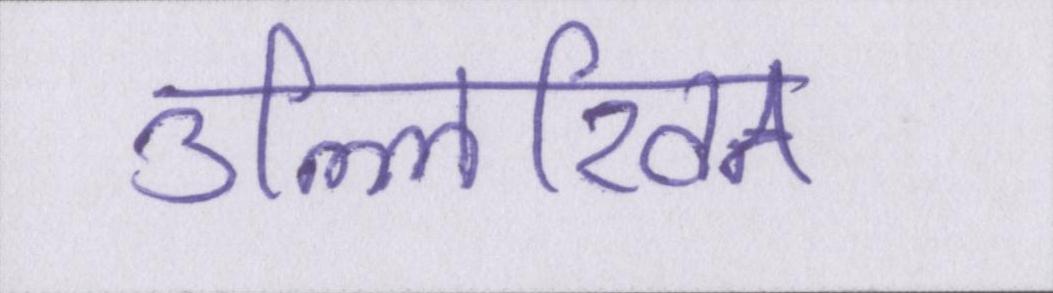
उल्लिखित